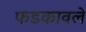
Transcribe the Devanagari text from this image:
फडकावले